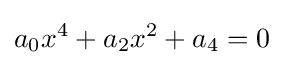
a_{0}x^{4}+a_{2}x^{2}+a_{4}=0\,\!